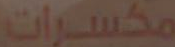
مكسرات